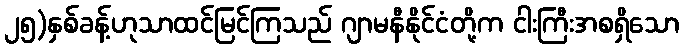
၂၅)နှစ်ခန့်ဟုသာထင်မြင်ကြသည် ဂျာမနီနိုင်ငံတို့က ငါးကြီးအစရှိသော